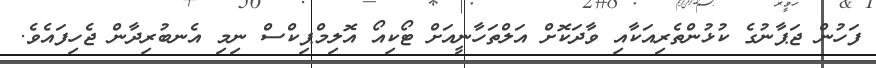
ފަހުން ޖަޕާނުގެ ކުޅުންތެރިއަކާއި ވާދަކޮށް އަލްތަހާނީއަށް ޓޯކިއޯ އޮލިމްޕިކްސް ނިމި އެނބުރިދާން ޖެހިފައެވެ.